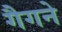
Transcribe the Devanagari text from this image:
गैगने